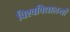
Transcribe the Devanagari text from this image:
विश्‍वविद्यालयों